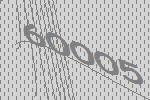
60005